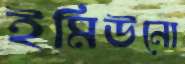
ইমিউনো